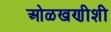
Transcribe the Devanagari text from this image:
ओळखणीशी